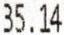
35.14